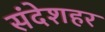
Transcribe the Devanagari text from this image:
संदेशहर